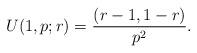
LaTeX: \begin{align*}U(1,p;r)=\frac{(r-1, 1-r)}{p^2}.\end{align*}